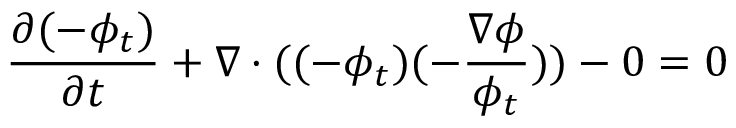
\frac { \partial ( - \phi _ { t } ) } { \partial t } + \nabla \cdot ( ( - \phi _ { t } ) ( - \frac { \nabla \phi } { \phi _ { t } } ) ) - 0 = 0